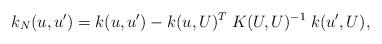
LaTeX: \begin{align*}k_N(u,u') = k(u,u') - k(u,U)^T \; K(U,U)^{-1} \; k(u',U),\end{align*}